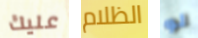
عليك الظلام لو